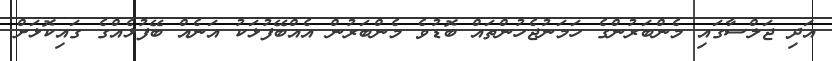
އަދި ޖަލްސާގައި މެންބަރުންގެ ހަމަނުޖެހުންތައް ބޮޑުވެ މެންބަރުން އެއްބޭފުޅަކު އަނެއް ބޭފުޅެއްގެ ގައިކޮޅަށް